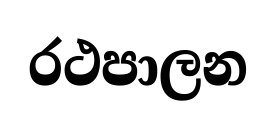
රථපාලන